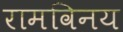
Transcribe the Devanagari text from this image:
रामविनय